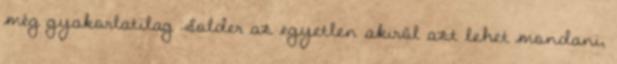
még gyakorlatilag Solder az egyetlen akiről azt lehet mondani,